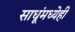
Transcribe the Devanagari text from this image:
साधूंमध्येही